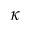
\kappa